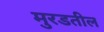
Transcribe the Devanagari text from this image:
मुरडतील